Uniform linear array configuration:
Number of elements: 32
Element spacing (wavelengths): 0.75
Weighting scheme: kaiser
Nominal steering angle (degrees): -30
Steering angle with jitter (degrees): -30.585
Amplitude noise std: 0.05
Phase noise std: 0.05

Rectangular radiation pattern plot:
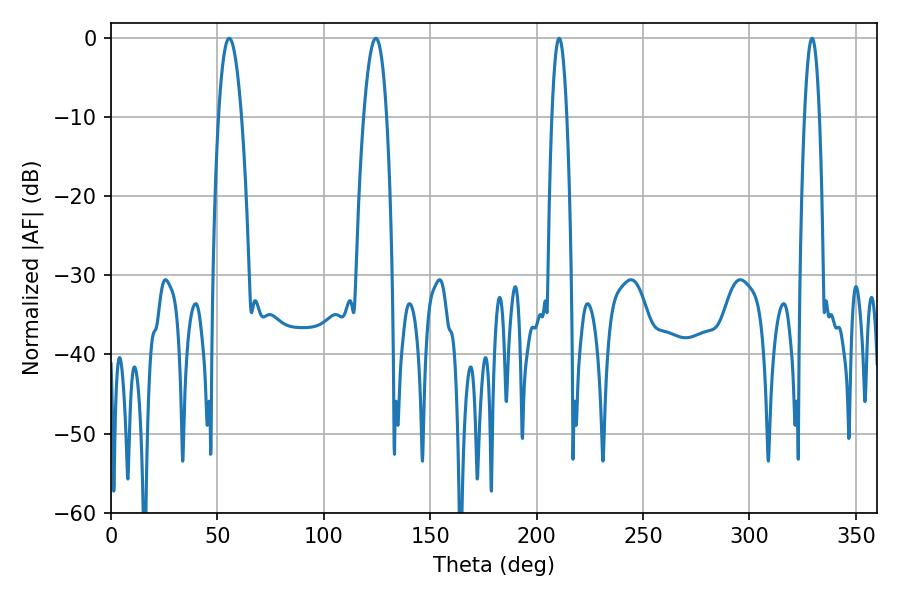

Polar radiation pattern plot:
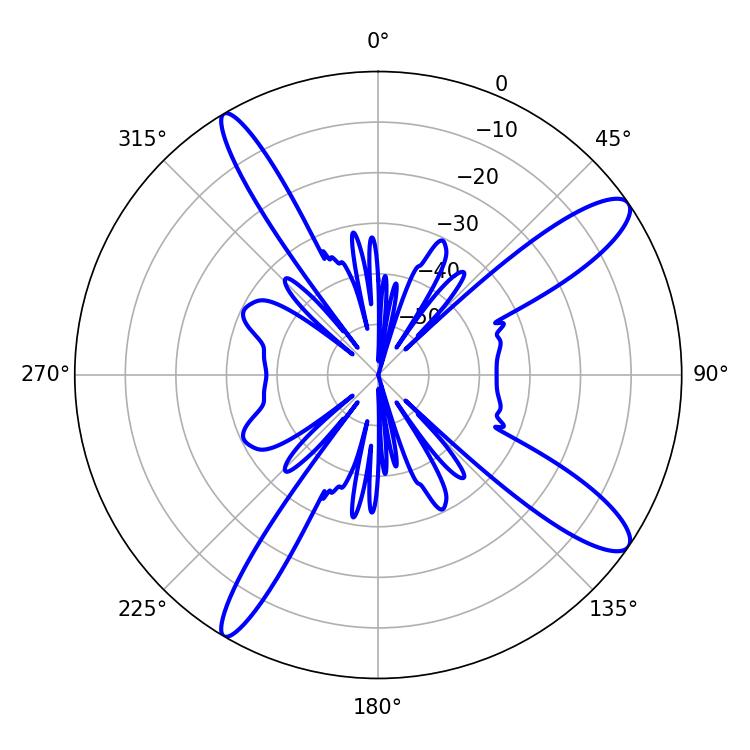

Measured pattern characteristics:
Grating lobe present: TRUE
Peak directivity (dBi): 12.581
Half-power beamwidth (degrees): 3.96
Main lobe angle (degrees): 210.6